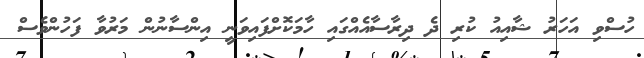
ހުސްވި އަހަރު ޝާއިއު ކުރި ދެ ދިރާސާއެއްގައި ހާމަކޮށްފައިވަނީ އިންސާނުން މަރުވާ ފަހުންވެސް